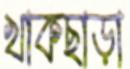
খাকছাড়া